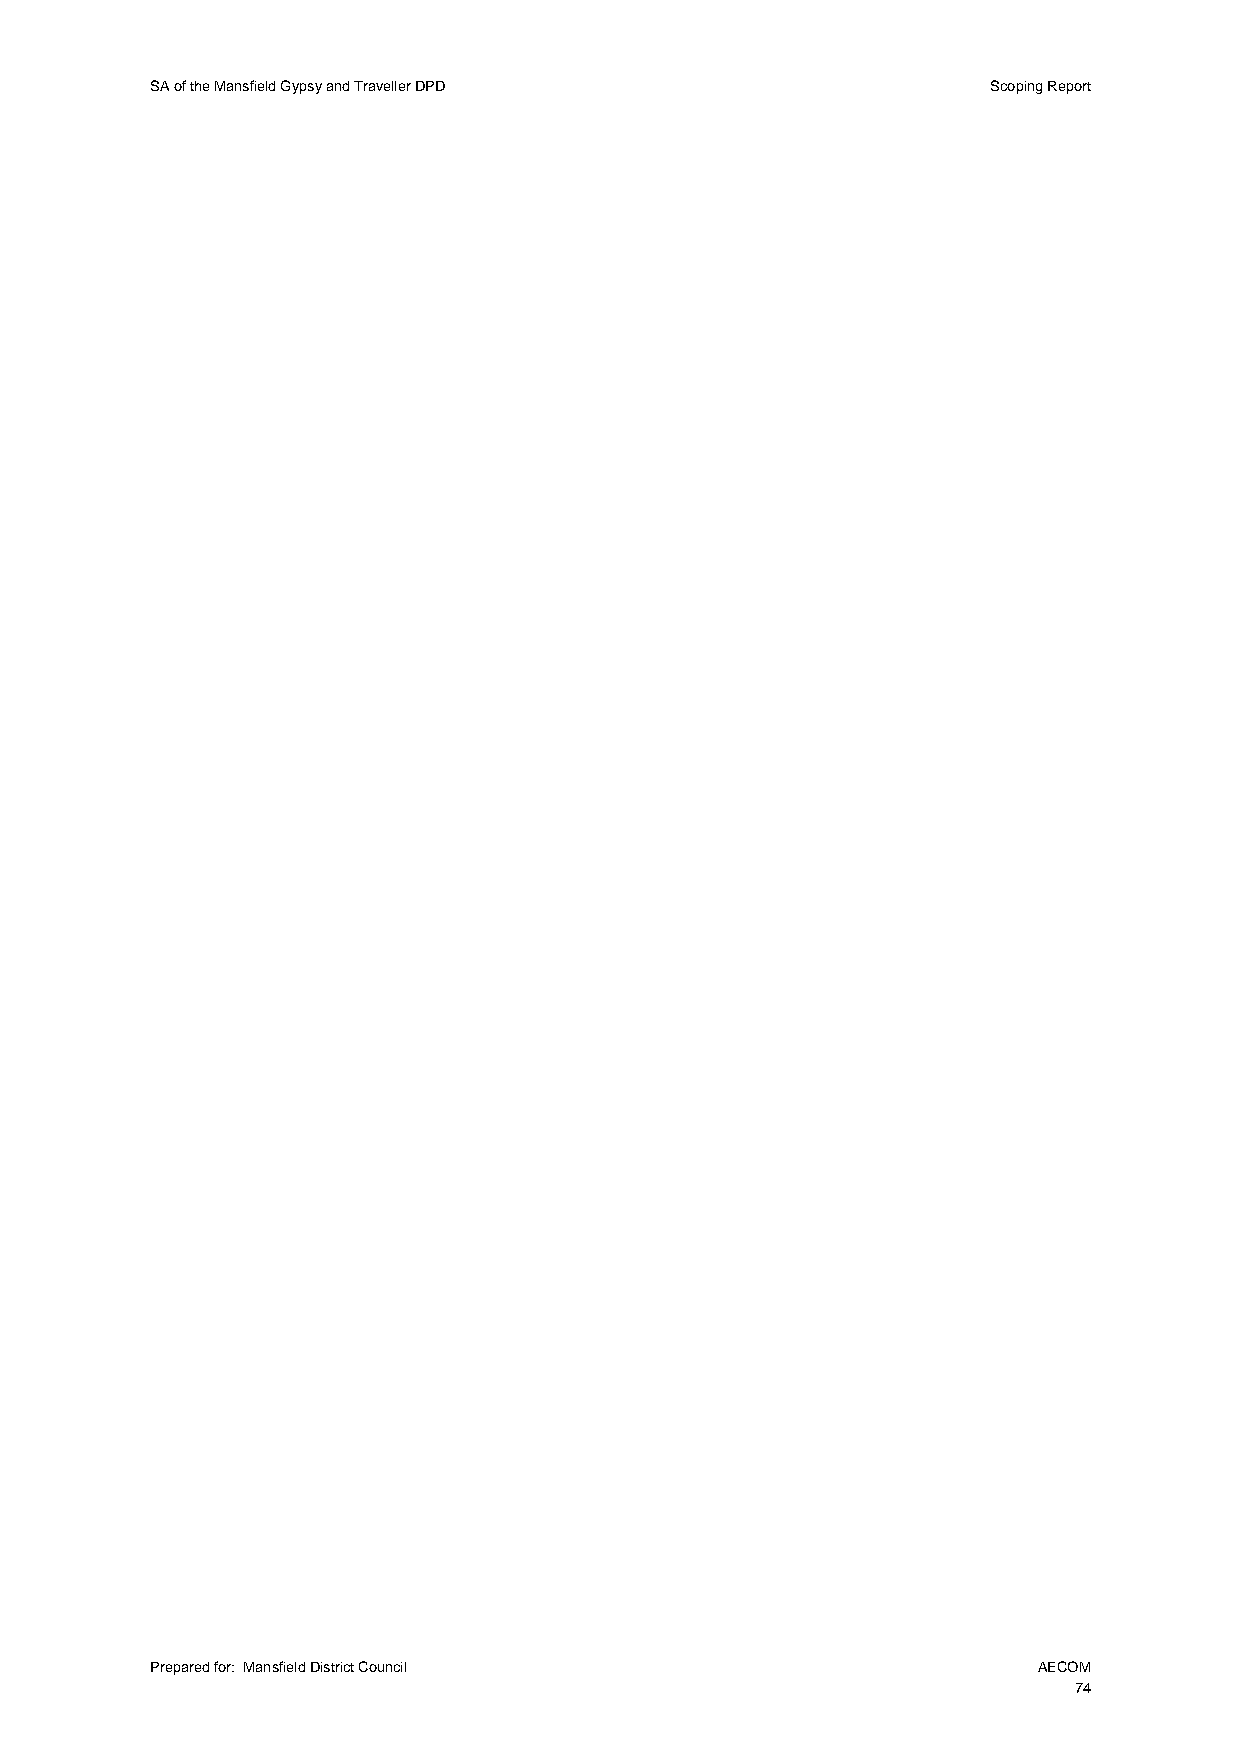
SA of the Mansfield Gypsy and Traveller DPD             Scoping Report
 Prepared for: Mansfield District Council                   AECOM
 74